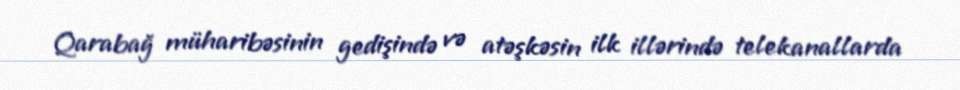
Qarabağ müharibəsinin gedişində və atəşkəsin ilk illərində telekanallarda